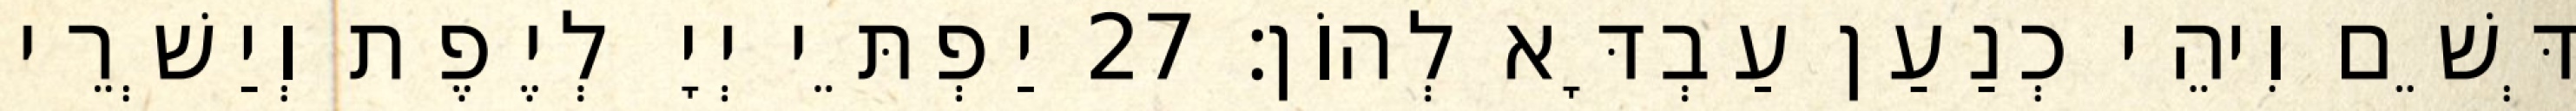
דְּשֵׁם וִיהֵי כְנַעַן עַבְדָּא לְהוֹן׃ 27 יַפְתֵּי יְיָ לְיֶפֶת וְיַשְׁרֵי